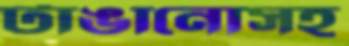
টাঙানোসহ